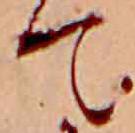
て